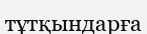
тұтқындарға